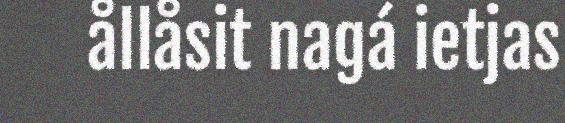
ållåsit nagá ietjas